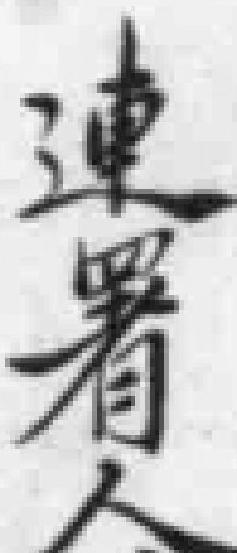
連署人